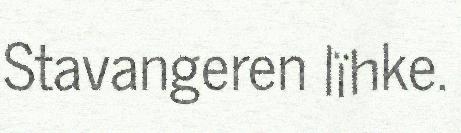
Stavangeren lïhke.